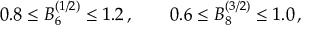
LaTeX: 0 . 8 \le B _ { 6 } ^ { ( 1 / 2 ) } \le 1 . 2 \, , \qquad 0 . 6 \le B _ { 8 } ^ { ( 3 / 2 ) } \le 1 . 0 \, ,